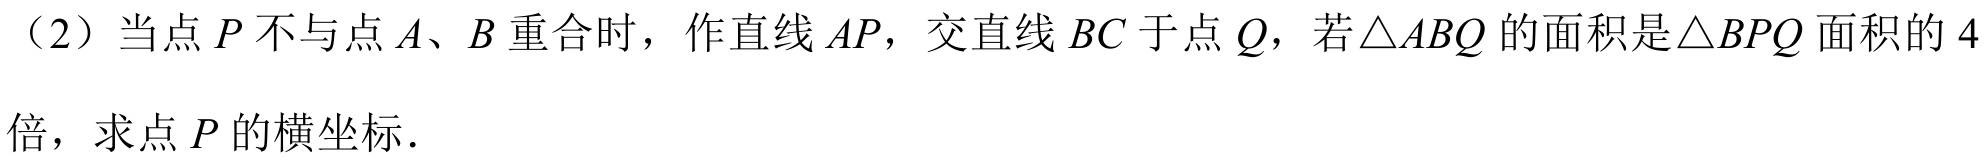
（2）当点\(P\)不与点\(A、B\)重合时，作直线\(AP\)，交直线\(BC\)于点\(Q\)，若\(\triangle ABQ\)的面积是\(\triangle BPQ\)面积的\(4\)倍，求点\(P\)的横坐标．